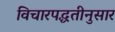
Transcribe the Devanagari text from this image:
विचारपद्धतीनुसार